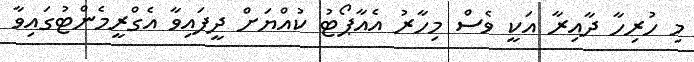
މި ހުރިހާ ދާއިރާ އަކީ ވެސް މިހާރު އެއާޕޯޓު ކުއްޔަށް ދީފައިވާ އެގްރީމެންޓުގައިވާ